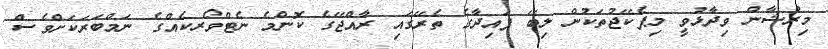
މިރުޝާން ވިދާޅުވީ މިޕެކޭޖުތަކުން ލިބޭ ފައިދާގެ ތެރޭގައި ރާއްޖޭގެ ކޮންމެ ނެޓްވޯރކެއްގެ ނަމްބަރަކަށްވެސް